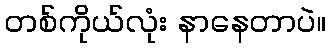
တစ်ကိုယ်လုံး နာနေတာပဲ။